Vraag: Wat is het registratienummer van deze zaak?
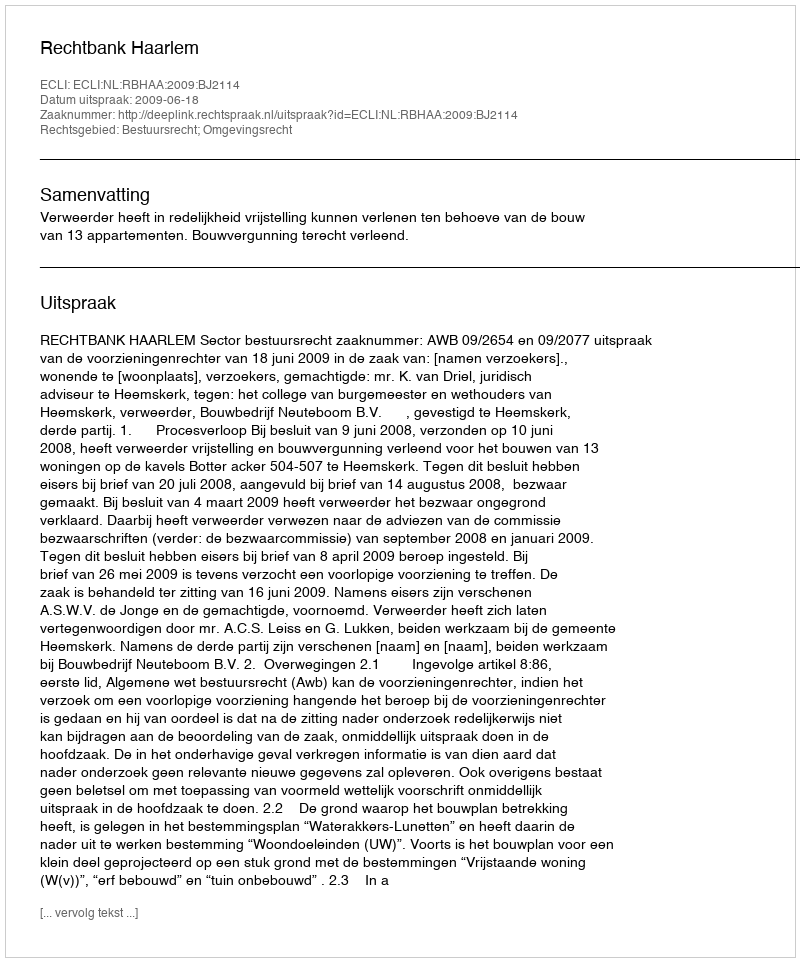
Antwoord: http://deeplink.rechtspraak.nl/uitspraak?id=ECLI:NL:RBHAA:2009:BJ2114